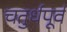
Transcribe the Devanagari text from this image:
चतुर्धपूर्व